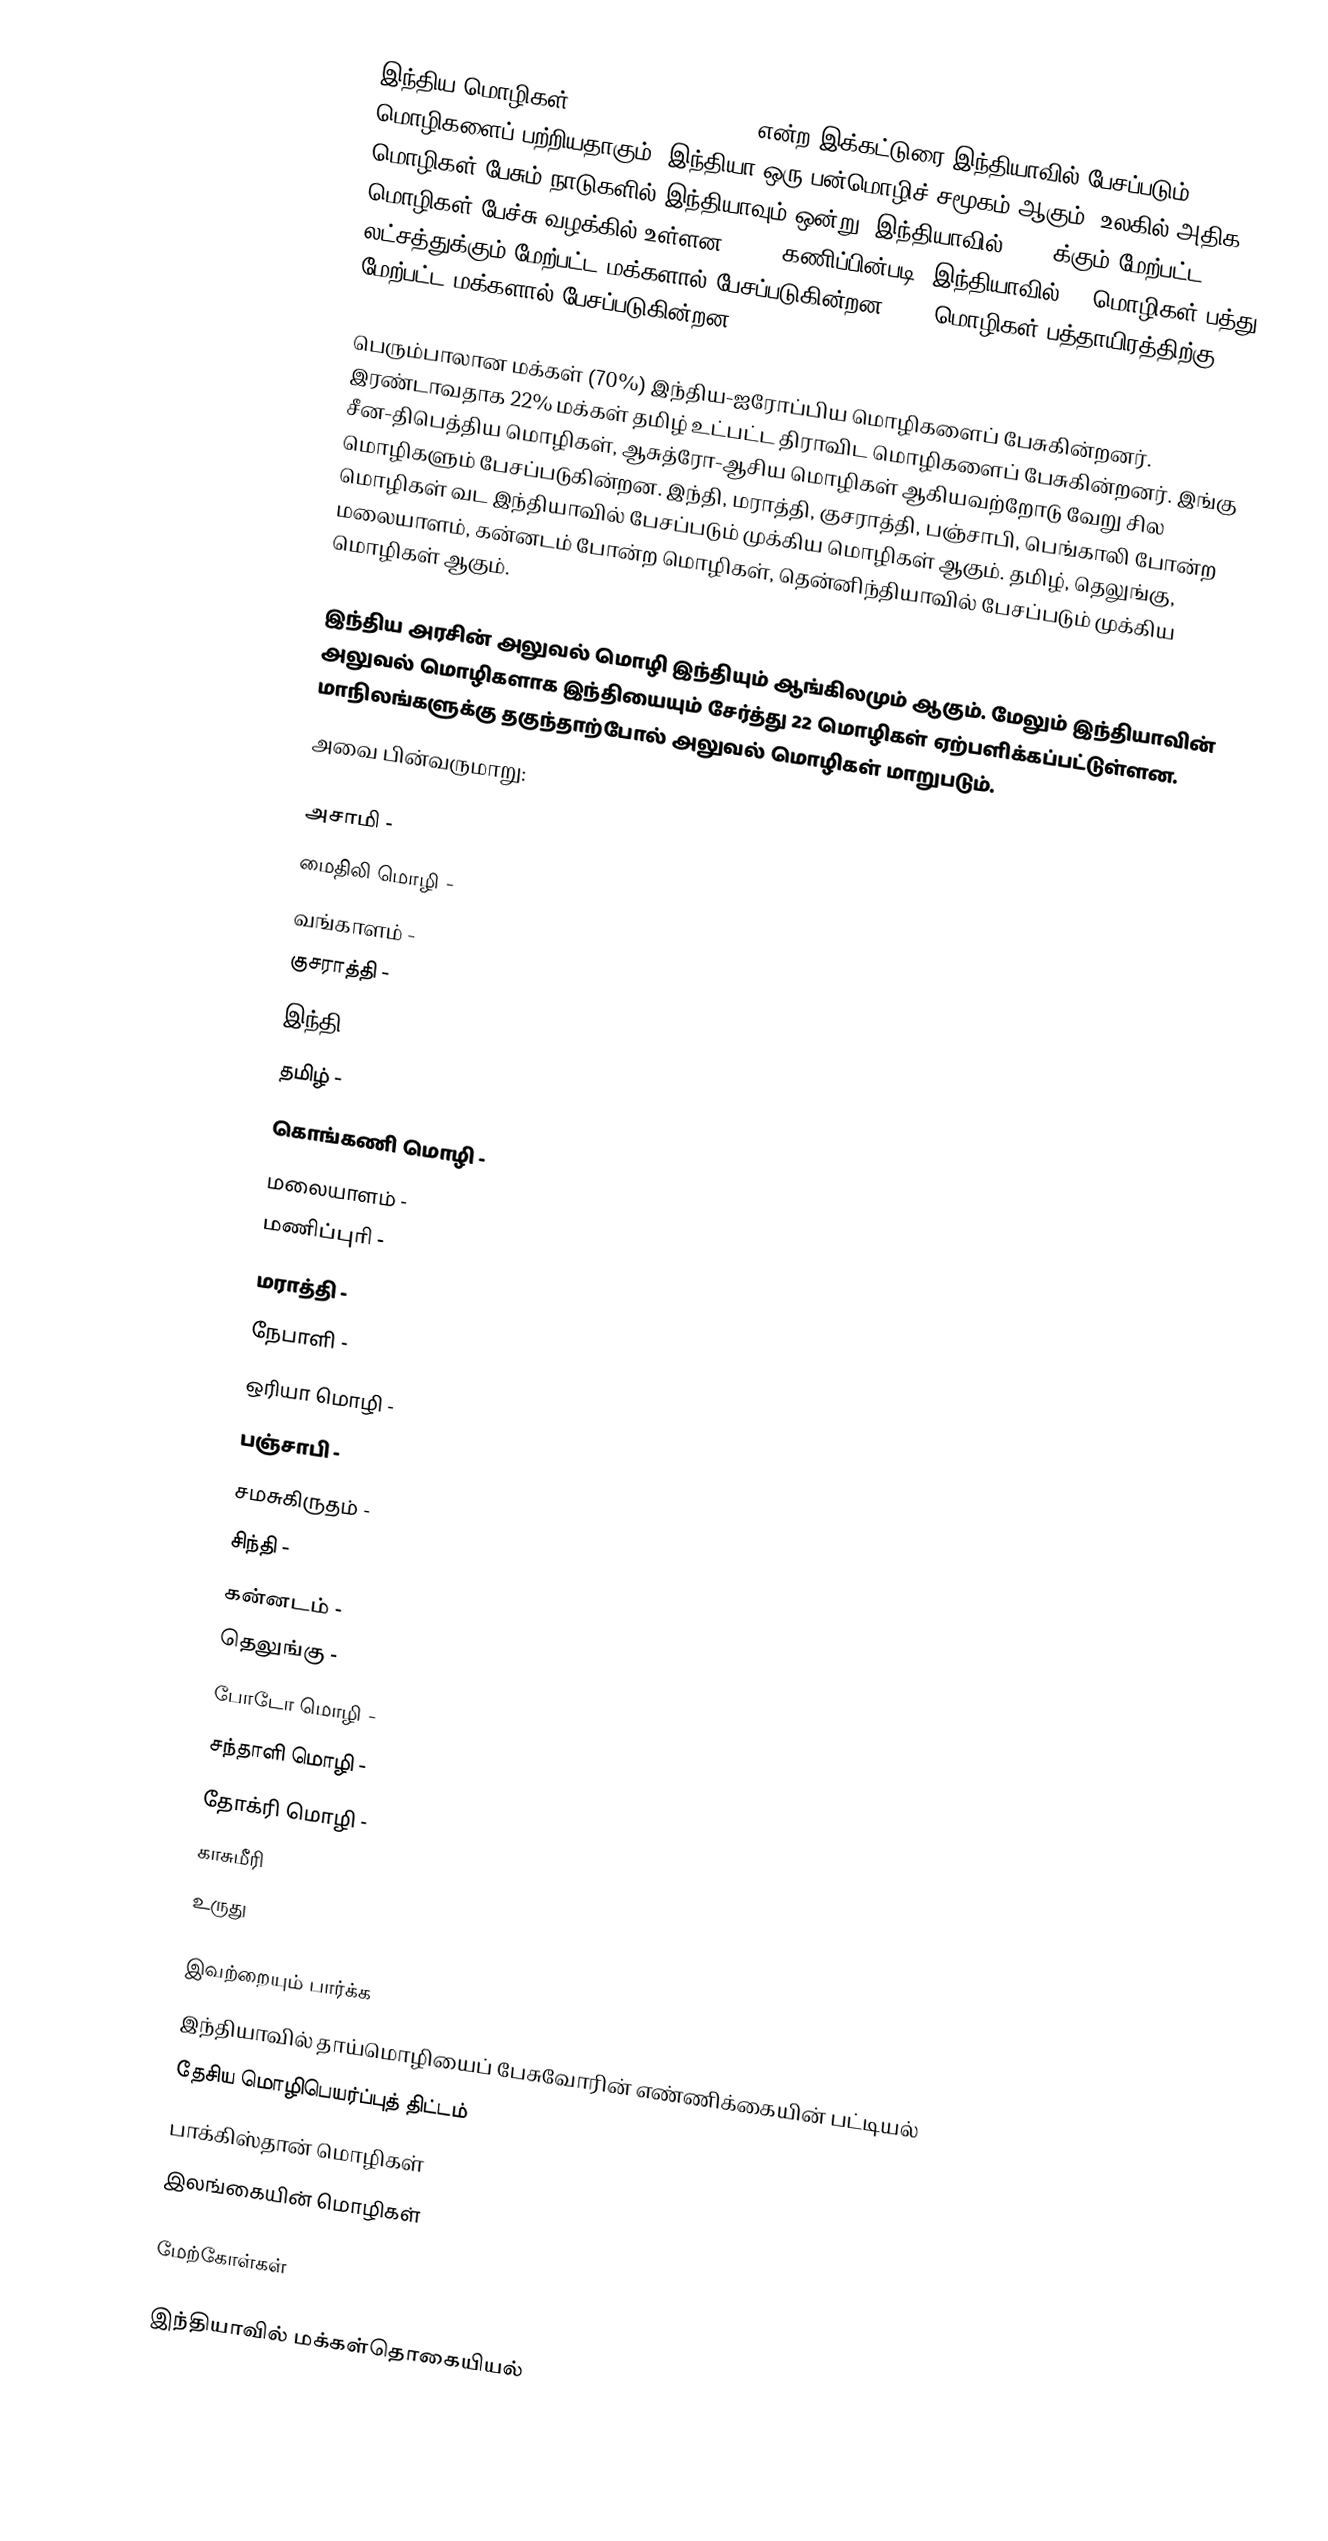
இந்திய மொழிகள் (Languages of India) என்ற இக்கட்டுரை இந்தியாவில்  பேசப்படும் மொழிகளைப் பற்றியதாகும். இந்தியா ஒரு பன்மொழிச் சமூகம் ஆகும். உலகில் அதிக மொழிகள் பேசும் நாடுகளில் இந்தியாவும் ஒன்று. இந்தியாவில் 1652-க்கும் மேற்பட்ட மொழிகள் பேச்சு வழக்கில் உள்ளன. 2001 கணிப்பின்படி, இந்தியாவில் 29 மொழிகள் பத்து லட்சத்துக்‌கும் மேற்பட்ட மக்களால் பேசப்படுகின்றன. 122 மொழிகள் பத்தாயிரத்திற்கு மேற்பட்ட மக்களால் பேசப்படுகின்றன.

பெரும்பாலான மக்கள் (70%) இந்திய-ஐரோப்பிய மொழிகளைப் பேசுகின்றனர். இரண்டாவதாக 22% மக்கள் தமிழ் உட்பட்ட திராவிட மொழிகளைப் பேசுகின்றனர். இங்கு சீன-திபெத்திய மொழிகள், ஆசுத்ரோ-ஆசிய மொழிகள் ஆகியவற்றோடு வேறு சில மொழிகளும் பேசப்படுகின்றன. இந்தி, மராத்தி, குசராத்தி, பஞ்சாபி, பெங்காலி போன்ற மொழிகள் வட இந்தியாவில் பேசப்படும் முக்கிய மொழிகள் ஆகும். தமிழ், தெலுங்கு, மலையாளம், கன்னடம் போன்ற மொழிகள், தென்னிந்தியாவில் பேசப்படும் முக்கிய மொழிகள் ஆகும்.

இந்திய அரசின் அலுவல் மொழி இந்தியும்   ஆங்கிலமும் ஆகும். மேலும்  இந்தியாவின் அலுவல் மொழிகளாக இந்தியையும் சேர்த்து 22 மொழிகள் ஏற்பளிக்கப்பட்டுள்ளன. மாநிலங்களுக்கு தகுந்தாற்போல் அலுவல் மொழிகள் மாறுபடும்.
அவை பின்வருமாறு:

 அசாமி -
 மைதிலி மொழி -
 வங்காளம் -
 குசராத்தி -
 இந்தி -
 தமிழ் -
 கொங்கணி மொழி -
 மலையாளம் -
 மணிப்புரி -
 மராத்தி -
 நேபாளி -
 ஒரியா மொழி -
 பஞ்சாபி -
 சமசுகிருதம் -
 சிந்தி -
 கன்னடம் -
 தெலுங்கு -
 போடோ மொழி -
 சந்தாளி மொழி -
 தோக்ரி மொழி -
 காசுமீரி
  உருது

இவற்றையும் பார்க்க
 இந்தியாவில் தாய்மொழியைப் பேசுவோரின் எண்ணிக்கையின் பட்டியல்
 தேசிய மொழிபெயர்ப்புத் திட்டம்
பாக்கிஸ்தான் மொழிகள்
இலங்கையின் மொழிகள்

மேற்கோள்கள்

இந்தியாவில் மக்கள்தொகையியல்